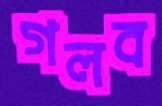
গলব